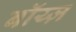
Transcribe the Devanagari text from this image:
बॉय्ज़